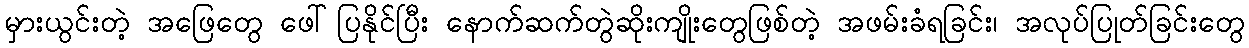
မှားယွင်းတဲ့ အဖြေတွေ ဖေါ်ပြနိုင်ပြီး နောက်ဆက်တွဲဆိုးကျိုးတွေဖြစ်တဲ့ အဖမ်းခံရခြင်း၊ အလုပ်ပြုတ်ခြင်းတွေ